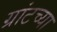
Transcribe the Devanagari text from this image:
ग्रांटच्या